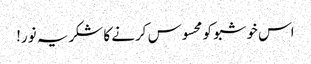
اس خوشبو کو محسوس کرنے کا شکریہ نور!